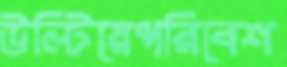
উল্টিয়েপরিবেশ